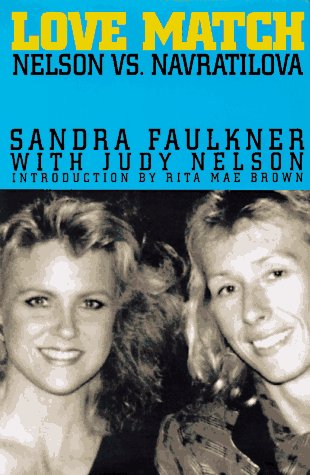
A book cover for Love Match: Nelson Vs. Navratilova; Sandra Faulkner; Gay & Lesbian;